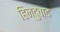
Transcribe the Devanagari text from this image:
हिन्दुवाद